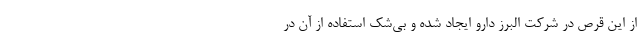
از این قرص در شرکت البرز دارو ایجاد شده و بی‌شک استفاده از آن در